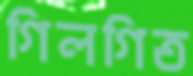
গিলগিত